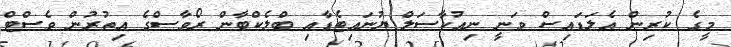
މީގެ ކުރިން އެލަޑައިސް ވަނީ ނިއުކާސަލް ޔުނައިޓެޑާއި ބްލެކްބާން ރޯވާސްގެ އިތުރުން ވެސްޓް